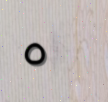
٥